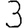
Digit: 3